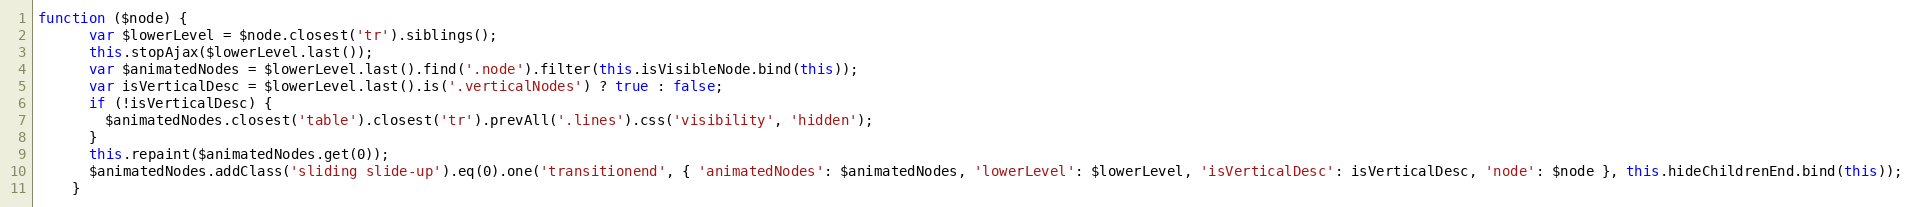
Language: JavaScript
function ($node) {
      var $lowerLevel = $node.closest('tr').siblings();
      this.stopAjax($lowerLevel.last());
      var $animatedNodes = $lowerLevel.last().find('.node').filter(this.isVisibleNode.bind(this));
      var isVerticalDesc = $lowerLevel.last().is('.verticalNodes') ? true : false;
      if (!isVerticalDesc) {
        $animatedNodes.closest('table').closest('tr').prevAll('.lines').css('visibility', 'hidden');
      }
      this.repaint($animatedNodes.get(0));
      $animatedNodes.addClass('sliding slide-up').eq(0).one('transitionend', { 'animatedNodes': $animatedNodes, 'lowerLevel': $lowerLevel, 'isVerticalDesc': isVerticalDesc, 'node': $node }, this.hideChildrenEnd.bind(this));
    }